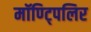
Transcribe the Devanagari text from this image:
मॉण्ट्पिलिर